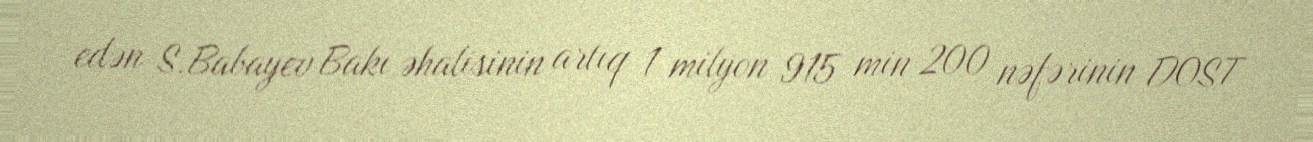
edən S.Babayev Bakı əhalisinin artıq 1 milyon 915 min 200 nəfərinin DOST